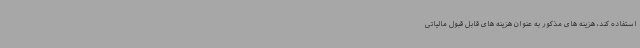
استفاده کند، هزینه های مذکور به عنوان هزینه های قابل قبول مالیاتی